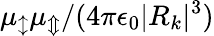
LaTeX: \mu_{\updownarrow}\mu_{\Updownarrow}/(4\pi\epsilon_{0}|R_{k}|^{3})